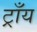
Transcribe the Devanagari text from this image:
ट्राँय